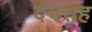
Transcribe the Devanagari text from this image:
देवसह